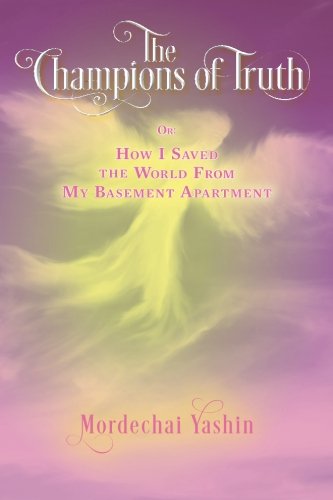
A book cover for The Champions of Truth: Or: How I Saved the World From My Basement Apartment (Volume 1); Mordechai Yashin; Science Fiction & Fantasy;